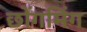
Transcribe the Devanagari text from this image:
छोंगमिंग